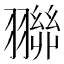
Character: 𮋓